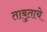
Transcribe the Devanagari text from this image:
ताबुताचे